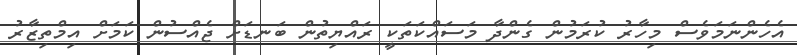
އެހެންނަމަވެސް މިހާރު ކުރަމުން ގެންދާ މަސައްކަތަކީ ރައްޔިތުން ބަނޑަށް ޖެއްސުން ކަމަށް އިމްތިޒާރު